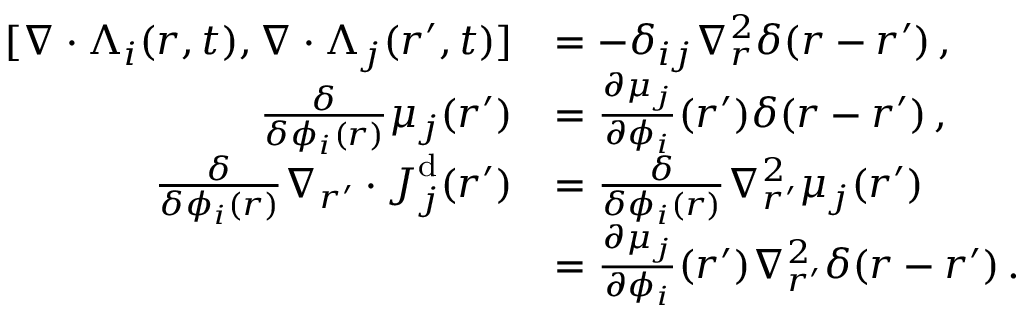
\begin{array} { r l } { [ \nabla \cdot { \boldsymbol { \Lambda } } _ { i } ( { \boldsymbol { r } } , t ) , \nabla \cdot { \boldsymbol { \Lambda } } _ { j } ( { \boldsymbol { r } } ^ { \prime } , t ) ] } & { = - \delta _ { i j } \nabla _ { \boldsymbol { r } } ^ { 2 } \delta ( { \boldsymbol { r } } - { \boldsymbol { r } } ^ { \prime } ) \, , } \\ { \frac { \delta } { \delta \phi _ { i } ( { \boldsymbol { r } } ) } \mu _ { j } ( { \boldsymbol { r } } ^ { \prime } ) } & { = \frac { \partial \mu _ { j } } { \partial \phi _ { i } } ( { \boldsymbol { r } } ^ { \prime } ) \delta ( { \boldsymbol { r } } - { \boldsymbol { r } } ^ { \prime } ) \, , } \\ { \frac { \delta } { \delta \phi _ { i } ( { \boldsymbol { r } } ) } \nabla _ { { \boldsymbol { r } } ^ { \prime } } \cdot { \boldsymbol { J } } _ { j } ^ { \mathrm { d } } ( { \boldsymbol { r } } ^ { \prime } ) } & { = \frac { \delta } { \delta \phi _ { i } ( { \boldsymbol { r } } ) } \nabla _ { { \boldsymbol { r } } ^ { \prime } } ^ { 2 } \mu _ { j } ( { \boldsymbol { r } } ^ { \prime } ) } \\ & { = \frac { \partial \mu _ { j } } { \partial \phi _ { i } } ( { \boldsymbol { r } } ^ { \prime } ) \nabla _ { { \boldsymbol { r } } ^ { \prime } } ^ { 2 } \delta ( { \boldsymbol { r } } - { \boldsymbol { r } } ^ { \prime } ) \, . } \end{array}